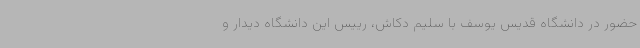
حضور در دانشگاه قدیس یوسف با سلیم دکاش، رییس این دانشگاه دیدار و